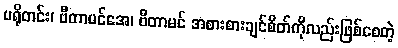
ပရိုတင်း၊ ဗီတာမင်အေ၊ ဗီတာမင် အစားစားချင်စိတ်ကိုလည်းဖြစ်စေတဲ့